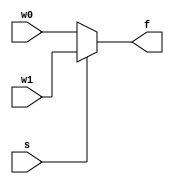

module mux21_4
	(
	input s,
	input wire [3:0] w0, w1,
	output wire [3:0] f
	);
	assign f=s? w1:w0;
endmodule